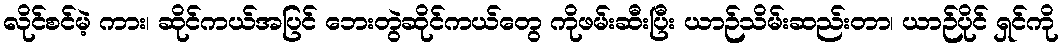
လိုင်စင်မဲ့ ကား၊ ဆိုင်ကယ်အပြင် ဘေးတွဲဆိုင်ကယ်တွေ ကိုဖမ်းဆီးပြီး ယာဉ်သိမ်းဆည်းတာ၊ ယာဉ်ပိုင် ရှင်ကို